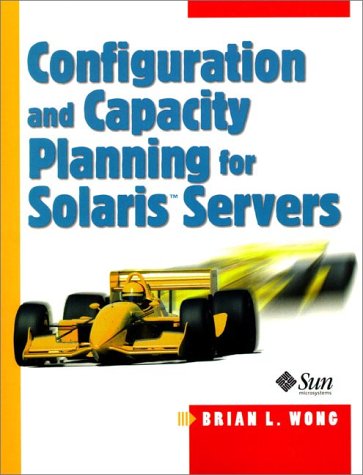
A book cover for Configuration and Capacity Planning for Solaris Servers; Brian L. Wong; Computers & Technology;